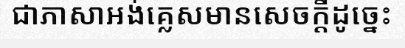
ជាភាសាអង់គ្លេសមានសេចក្តីដូច្នេះ